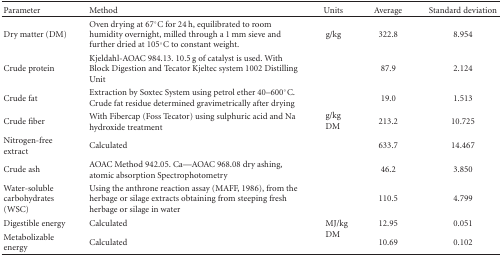
<table><thead><tr><td><b>Parameter</b></td><td><b>Method</b></td><td><b>Units</b></td><td><b>Average</b></td><td><b>Standard deviation</b></td></tr></thead><tbody><tr><td>Dry matter (DM)</td><td>Oven drying at 67°C for 24 h, equilibrated to room humidity overnight, milled through a 1 mm sieve and further dried at 105°C to constant weight.</td><td>g/kg</td><td>322.8</td><td>8.954</td></tr><tr><td>Crude protein</td><td>Kjeldahl-AOAC 984.13. 10.5 g of catalyst is used. With Block Digestion and Tecator Kjeltec system 1002 Distilling Unit</td><td rowspan="6">g/kg DM</td><td>87.9</td><td>2.124</td></tr><tr><td>Crude fat</td><td>Extraction by Soxtec System using petrol ether 40–600°C. Crude fat residue determined gravimetrically after drying</td><td>19.0</td><td>1.513</td></tr><tr><td>Crude fiber</td><td>With Fibercap (Foss Tecator) using sulphuric acid and Na hydroxide treatment</td><td>213.2</td><td>10.725</td></tr><tr><td>Nitrogen-free extract</td><td>Calculated</td><td>633.7</td><td>14.467</td></tr><tr><td>Crude ash</td><td>AOAC Method 942.05. Ca—AOAC 968.08 dry ashing, atomic absorption Spectrophotometry</td><td>46.2</td><td>3.850</td></tr><tr><td>Water-soluble carbohydrates (WSC)</td><td>Using the anthrone reaction assay (MAFF, 1986), from the herbage or silage extracts obtaining from steeping fresh herbage or silage in water</td><td>110.5</td><td>4.799</td></tr><tr><td>Digestible energy</td><td>Calculated</td><td rowspan="2">MJ/kg DM</td><td>12.95</td><td>0.051</td></tr><tr><td>Metabolizable energy</td><td>Calculated</td><td>10.69</td><td>0.102</td></tr></tbody></table>